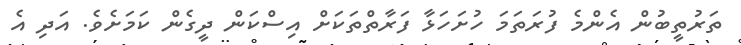
ތަރުތީބުން އެންމެ ފުރަތަމަ ހުށަހަޅާ ފަރާތްތަކަށް އިސްކަން ދީގެން ކަމަށެވެ. އަދި އެ